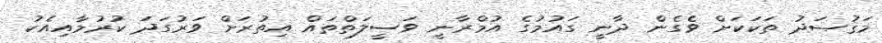
މަޤުޞަދު ތަކަކަށް ވެގެން ދާނީ ގައުމުގެ އުމްރާނީ ވަސީލަތްތައް އިތުރަށް ވަރުގަދަ ކުރުމާއިއެކު